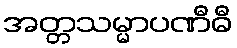
အတ္တသမ္မာပဏီဓီ